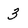
Character: 3